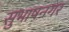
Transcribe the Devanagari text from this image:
सुभाषनगर